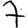
Digit: 7